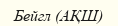
Бейгл (АҚШ)